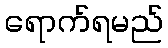
ရောက်ရမည်